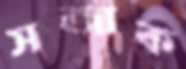
সজাক